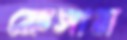
ফ্রেসান